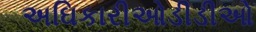
અઘિકારીઓડીડીઓ